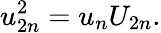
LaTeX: u_{2n}^{2}=u_{n}U_{2n}.